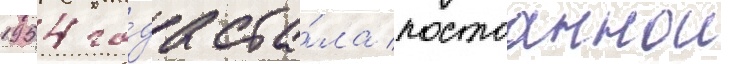
1954 го́да ста́ла постоаннои